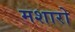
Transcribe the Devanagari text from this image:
मशारो